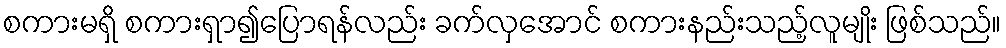
စကားမရှိ စကားရှာ၍ပြောရန်လည်း ခက်လှအောင် စကားနည်းသည့်လူမျိုး ဖြစ်သည်။